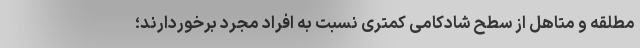
مطلقه و متاهل از سطح شادکامی کمتری نسبت به افراد مجرد برخوردارند؛